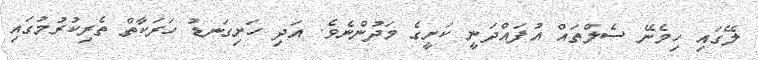
ލޭގައި ހިމެނޭ ސެލްތައް އުފައްދަނީ ކަށީގެ މަދުންނެވެ. އަދި ހަށިގަނޑު ހަރަކާތް ތެރިކުރުމުގައި